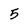
Character: 5